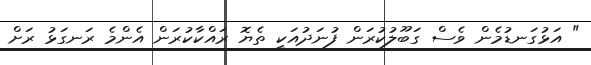
" އަޅުގަނޑުމެން ވެސް ގަބޫލުކުރަން ފުނަދުއަކީ ތެޔޮ ރައްކާކުރަން އެންމެ ރަނގަޅު ރަށް